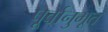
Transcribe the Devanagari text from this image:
पूर्वानुभूत